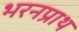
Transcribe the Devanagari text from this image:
भरनप्राथ